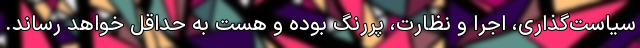
سیاست‌گذاری، اجرا و نظارت، پررنگ بوده و هست به حداقل خواهد رساند.